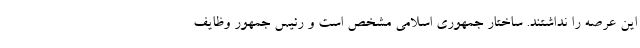
این عرصه را نداشتند. ساختار جمهوری اسلامی مشخص است و رئیس جمهور وظایف